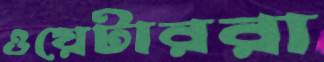
ওয়েটাররা